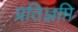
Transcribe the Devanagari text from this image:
प्रतिज्ञप्ति